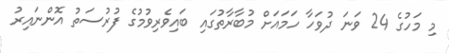
މި މަހުގެ 24 ވަނަ ދުވަހާ ހަމައަށް މުބާރާތުގައި ބައިވެރިވުމުގެ ފުރުސަތު އޮންނައިރު